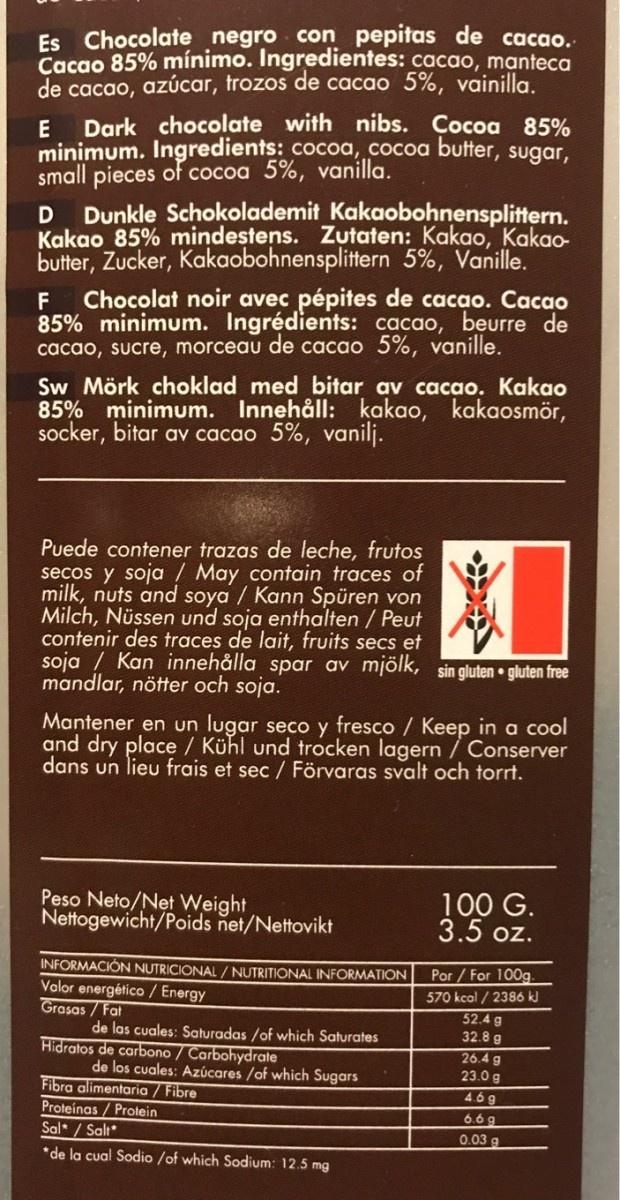
Es Chocolate negro con pepitas de cacao. Cacao 85% mínimo. Ingredientes: cacao, manteca de cacao, azúcar, trozos de cacao 5%, vainilla. Dark chocolate with nibs. Cocoa 85% minimum. Ingredients: cocoa, cocoa butter, sugar, small pieces of cocoa 5%, vanilla. Dunkle Schokolademit Kakaobohnensplittern. Kakao 85% mindestens. Zutaten: Kakao, Kakao- butter, Zucker, Kakaobohnensplittern 5%, Vanille. Chocolat noir avec pépites de cacao. Cacao 85% minimum. Ingrédients: cacao, beurre de cacao, sucre, morceau de cacao 5%, vanille. Sw Mörk choklad med bitar av cacao. Kakao 85% minimum. Innehåll: kakao, kakaosmör, socker, bitar av cacao 5%, vanilj. Puede contener trazas de leche, frutos secos y soja / May contain traces of milk, nuts and soya / Kann Spüren von Milch, Nüssen und soja enthalten / Peut contenir des traces de lait, fruits secs et soja / Kan innehålla spar av mjölk, sin gluten • gluten free mandlar, nötter och soja. Mantener en un lugar seco y fresco / Keep in a cool and dry place / Kühl und trocken lagern / Conserver dans un lieu frais et sec / Förvaras svalt och torrt. Peso Neto/Net Weight Nettogewicht/Poids net/Nettovikt 100 G. 3.5 oz. INFORMACIÓN NUTRICIONAL / NUTRITIONAL INFORMATION Volor energético / Energy Grasas / Fat de las cuales: Saturadas /of which Saturates Hidratos de carbono / Carbohydrate de los cuales: Azúcares /of which Sugars Por / For 100g. 570 kcal / 2386 kl 52.4 g 32.8 g 26.4 g 23.0 g Fibra alimentaria / Fibre Proteinas / Protein Sal* / Salt* *de la cual Sodio /of which Sodium: 12.5 mg 4.6g 6.6 g 0.03 g